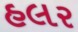
હલર